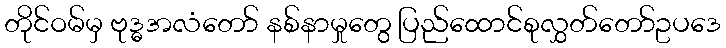
တိုင်ဝမ်မှ ဗုဒ္ဓအလံတော် နစ်နာမှုတွေ ပြည်ထောင်စုလွှတ်တော်ဥပဒေ